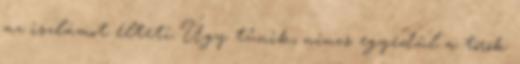
az iszlámot élteti Úgy tűnik, nincs egyedül a török